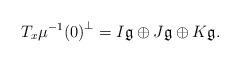
LaTeX: \begin{align*} T_x\mu^{-1}{(0)}^{\perp} = I\mathfrak{g} \oplus J\mathfrak{g} \oplus K\mathfrak{g}. \end{align*}